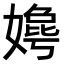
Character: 𫱦